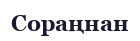
Сораңнан